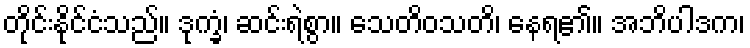
တိုင်းနိုင်ငံသည်။ ဒုက္ခံ၊ ဆင်းရဲစွာ။ သေတိဝသတိ၊ နေရ၏။ အဘိပါဒက၊